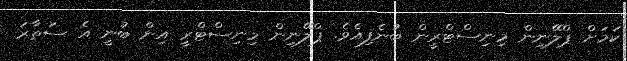
ކަމަށް ޕްލޭނިން މިނިސްޓްރީން ބުނެފިއެވެ. ޕްލޭނިން މިނިސްޓްރީ އިން ބުނީ އެ ސަތާރަ